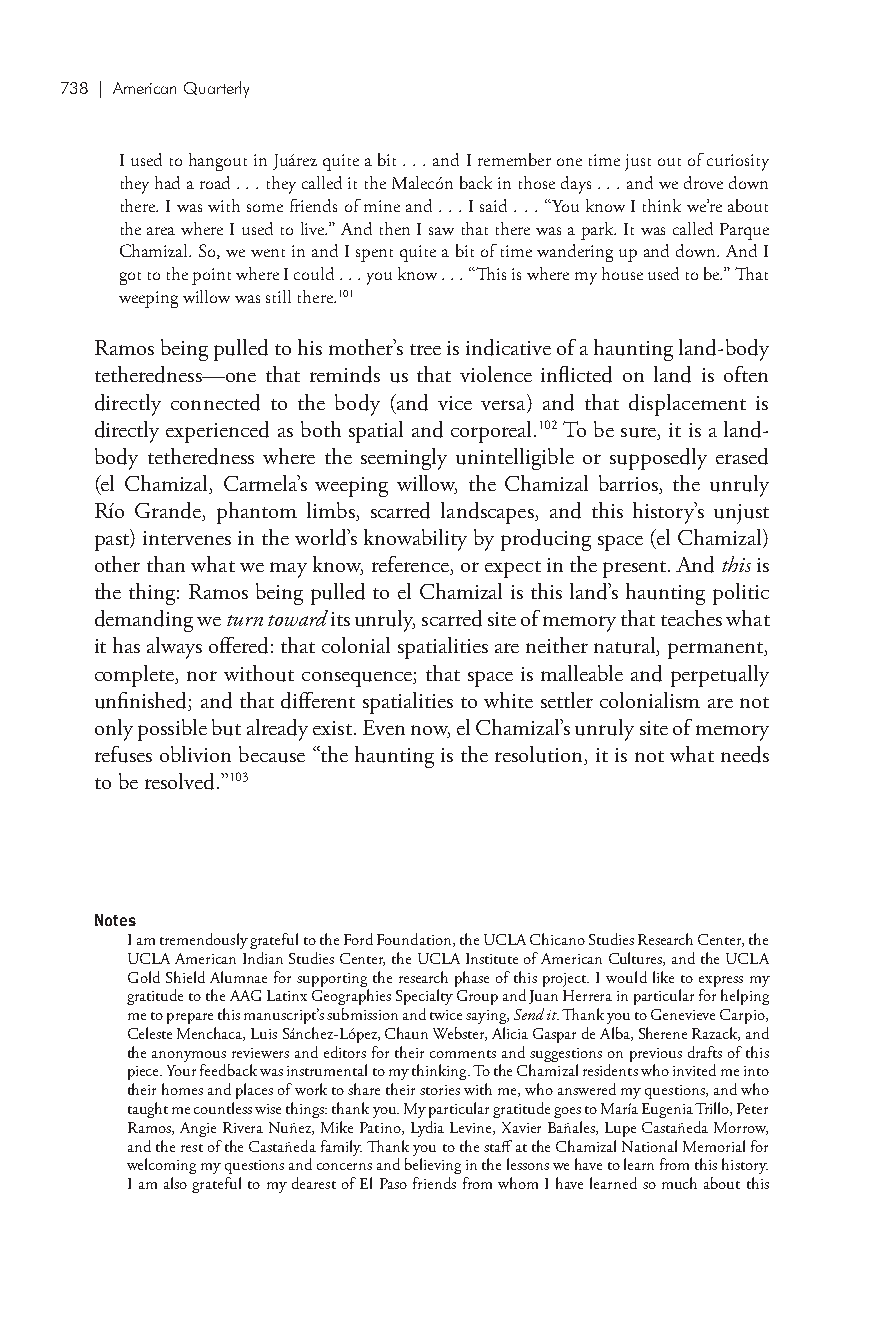
738 | American Quarterly
 I used to hangout in Juárez quite a bit . . . and I remember one time just out of curiosity
 they had a road . . . they called it the Malecón back in those days . . . and we drove down
 there. I was with some friends of mine and . . . I said . . . “You know I think we’re about
 the area where I used to live.” And then I saw that there was a park. It was called Parque
 Chamizal. So, we went in and I spent quite a bit of time wandering up and down. And I
 got to the point where I could . . . you know . . . “This is where my house used to be.” That
 weeping willow was still there.101
 Ramos being pulled to his mother’s tree is indicative of a haunting land-body
 tetheredness—one that reminds us that violence inflicted on land is often
 directly connected to the body (and vice versa) and that displacement is
 directly experienced as both spatial and corporeal.102 To be sure, it is a land-
 body tetheredness where the seemingly unintelligible or supposedly erased
 (el Chamizal, Carmela’s weeping willow, the Chamizal barrios, the unruly
 Río Grande, phantom limbs, scarred landscapes, and this history’s unjust
 past) intervenes in the world’s knowability by producing space (el Chamizal)
 other than what we may know, reference, or expect in the present. And this is
 the thing: Ramos being pulled to el Chamizal is this land’s haunting politic
 demanding we turn toward its unruly, scarred site of memory that teaches what
 it has always offered: that colonial spatialities are neither natural, permanent,
 complete, nor without consequence; that space is malleable and perpetually
 unfinished; and that different spatialities to white settler colonialism are not
 only possible but already exist. Even now, el Chamizal’s unruly site of memory
 refuses oblivion because “the haunting is the resolution, it is not what needs
 to be resolved.”103
 Notes
 I am tremendously grateful to the Ford Foundation, the UCLA Chicano Studies Research Center, the
 UCLA American Indian Studies Center, the UCLA Institute of American Cultures, and the UCLA
 Gold Shield Alumnae for supporting the research phase of this project. I would like to express my
 gratitude to the AAG Latinx Geographies Specialty Group and Juan Herrera in particular for helping
 me to prepare this manuscript’s submission and twice saying, Send it. Thank you to Genevieve Carpio,
 Celeste Menchaca, Luis Sánchez-López, Chaun Webster, Alicia Gaspar de Alba, Sherene Razack, and
 the anonymous reviewers and editors for their comments and suggestions on previous drafts of this
 piece. Your feedback was instrumental to my thinking. To the Chamizal residents who invited me into
 their homes and places of work to share their stories with me, who answered my questions, and who
 taught me countless wise things: thank you. My particular gratitude goes to María Eugenia Trillo, Peter
 Ramos, Angie Rivera Nuñez, Mike Patino, Lydia Levine, Xavier Bañales, Lupe Castañeda Morrow,
 and the rest of the Castañeda family. Thank you to the staff at the Chamizal National Memorial for
 welcoming my questions and concerns and believing in the lessons we have to learn from this history.
 I am also grateful to my dearest of El Paso friends from whom I have learned so much about this